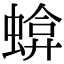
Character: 𧍬